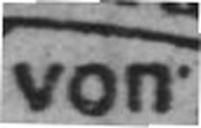
von